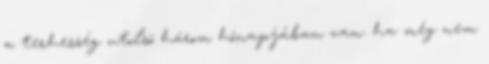
a terhesség utolsó három hónapjában van. ha még nem